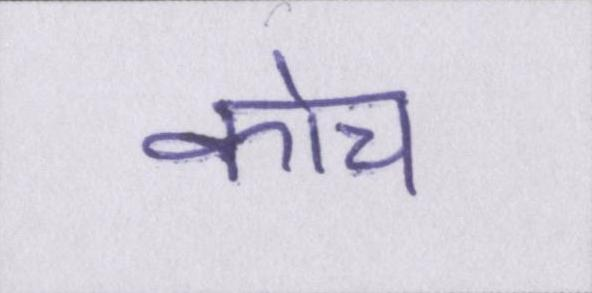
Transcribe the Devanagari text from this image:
कोच